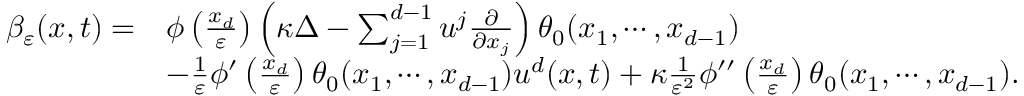
\begin{array} { r l } { \beta _ { \varepsilon } ( x , t ) = } & { \phi \left( \frac { x _ { d } } { \varepsilon } \right) \left( \kappa \Delta - \sum _ { j = 1 } ^ { d - 1 } u ^ { j } \frac { \partial } { \partial x _ { j } } \right) \theta _ { 0 } ( x _ { 1 } , \cdots , x _ { d - 1 } ) } \\ & { - \frac { 1 } { \varepsilon } \phi ^ { \prime } \left( \frac { x _ { d } } { \varepsilon } \right) \theta _ { 0 } ( x _ { 1 } , \cdots , x _ { d - 1 } ) u ^ { d } ( x , t ) + \kappa \frac { 1 } { \varepsilon ^ { 2 } } \phi ^ { \prime \prime } \left( \frac { x _ { d } } { \varepsilon } \right) \theta _ { 0 } ( x _ { 1 } , \cdots , x _ { d - 1 } ) . } \end{array}